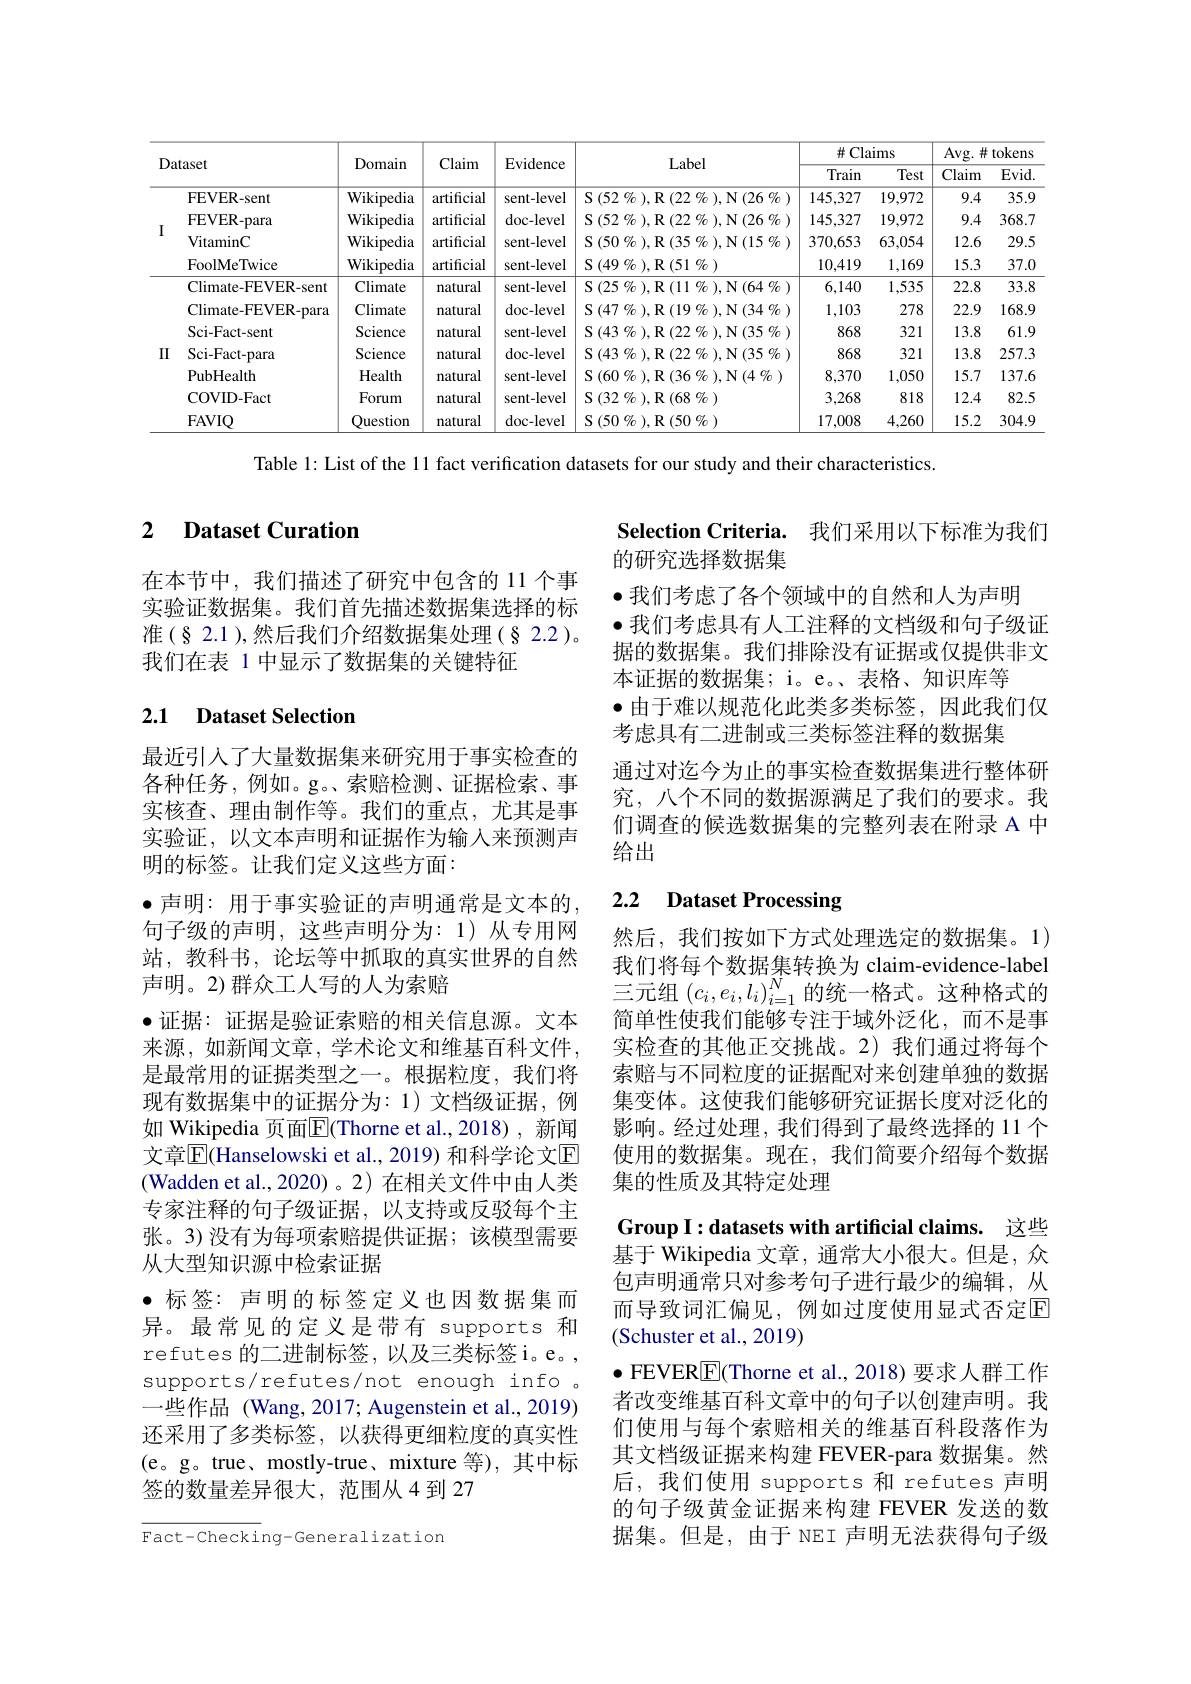
<table>
	<tbody>
		<tr>
			<th> </th>
			<th> </th>
			<th rowspan="2">Domain</th>
			<th rowspan="2">Claim</th>
			<th> </th>
			<th rowspan="3">Label $\operatorname{S}(52\%),\operatorname{R}(22\%),\operatorname{N}(26\%)$</th>
			<th colspan="2">$\#$Claims</th>
			<th colspan="2">Avg. $\#$tokens</th>
		</tr>
		<tr>
			<th>$\ddot{c}$</th>
			<th>$\operatorname{laset}$</th>
			<th>EVIdence</th>
			<th>Train</th>
			<th>Test</th>
			<th>Claim</th>
			<th rowspan="3">Evid 35.9 368.7</th>
		</tr>
		<tr>
			<td rowspan="4">I</td>
			<td>FEVER-sent</td>
			<td>Wikipedia</td>
			<td>artificial</td>
			<td>sent-level</td>
			<td>145,327</td>
			<td>19,972</td>
			<td>9.4</td>
		</tr>
		<tr>
			<td>FEVER- para</td>
			<td>Wikipedia</td>
			<td>artificial</td>
			<td>doc-level</td>
			<td>$\operatorname{S}(52\%),\operatorname{R}(22\%),\operatorname{N}(26\%)$</td>
			<td>145,327</td>
			<td>19,972</td>
			<td>9.4</td>
		</tr>
		<tr>
			<td>VitaminC</td>
			<td>Wikipedia</td>
			<td>artificial</td>
			<td>sent-level</td>
			<td>$\operatorname{S}(50\%),\operatorname{R}(35\%),\operatorname{N}(15\%)$</td>
			<td>370,653</td>
			<td>63,054</td>
			<td>12.6</td>
			<td>29.. </td>
		</tr>
		<tr>
			<td>FoolMeTwice</td>
			<td>Wikipedia</td>
			<td>artificial</td>
			<td>sent-level</td>
			<td>${\mathcal{S}}(49\%),{\mathcal{R}}(51\%)$</td>
			<td>10,419</td>
			<td>1,169</td>
			<td>15.3</td>
			<td>$37.C$</td>
		</tr>
		<tr>
			<td> </td>
			<td>Climate-FEVER-sent</td>
			<td>Climate</td>
			<td>natural</td>
			<td>sent-level</td>
			<td>$\operatorname{S}\left(25\:\%\:\right),\operatorname{R}\left(11\:\%\:\right),\operatorname{N}\left(64\:\%\:\right)$</td>
			<td>6,140</td>
			<td>1,535</td>
			<td>22.8</td>
			<td>33.8</td>
		</tr>
		<tr>
			<td> </td>
			<td>Climate-FEVER-para</td>
			<td>Climate</td>
			<td>natural</td>
			<td>doc-level</td>
			<td>${\mathcal{S}}\left(47\:\%\:\right),{\mathcal{R}}$ $\therefore(19$ $\%$ ), ${\mathcal{N} }$ (34 $\%$ )</td>
			<td>1,103</td>
			<td>278</td>
			<td>22.9</td>
			<td>168.5</td>
		</tr>
		<tr>
			<td> </td>
			<td>Sci- Fact- sent</td>
			<td>Science</td>
			<td>natural</td>
			<td>sent-level</td>
			<td>${\mathcal{S}}\left(43\:\%\:\right),{\mathcal{R}}$ $\therefore(22$ $\%$ ), ${\mathcal{N} }$ (35 $\%$ )</td>
			<td>868</td>
			<td>321</td>
			<td>13.8</td>
			<td>61.5</td>
		</tr>
		<tr>
			<td rowspan="4">II</td>
			<td>Sci- Fact- para</td>
			<td>Science</td>
			<td>natural</td>
			<td>doc-level</td>
			<td>${\mathcal{S}}\left(43\:\%\:\right),{\mathcal{R}}$ $\therefore(22$ $\%$ ), ${\mathcal{N} }$ (35 $\%$ )</td>
			<td>868</td>
			<td>321</td>
			<td>13.8</td>
			<td>257..</td>
		</tr>
		<tr>
			<td>PubHealth</td>
			<td>Health</td>
			<td>natural</td>
			<td>sent-level</td>
			<td>$\operatorname{S}(60\%),\operatorname{R}(36\%),\operatorname{N}(4\%)$</td>
			<td>8,370</td>
			<td>1,050</td>
			<td>15.7</td>
			<td>137.</td>
		</tr>
		<tr>
			<td>COVID- Fact</td>
			<td>Forum</td>
			<td>natural</td>
			<td>sent-level</td>
			<td>${\mathcal{S} }( 32$ $\%$ $) , {\mathcal{R} }( 68$ $\%$ )</td>
			<td>3,268</td>
			<td>818</td>
			<td>12.4</td>
			<td>82..</td>
		</tr>
		<tr>
			<td>FAVIQ</td>
			<td>Question</td>
			<td>natural</td>
			<td>doc-level</td>
			<td>${\mathcal{S}}(50\%),{\mathcal{R}}(50\%)$</td>
			<td>17,008</td>
			<td>4,260</td>
			<td>15.2</td>
			<td>304.5</td>
		</tr>
	</tbody>
</table>

Table 1: List of the 11 fact verification datasets for our study and their characteristics.

## 2 Dataset Curation

在本节中，我们描述了研究中包含的 11 个事实验证数据集。我们首先描述数据集选择的标准(§2.1),然后我们介绍数据集处理(§2.2)。我们在表 1 中显示了数据集的关键特征

Selection Criteria. 我们采用以下标准为我们
的研究选择数据集
$\bullet$我们考虑了各个领域中的自然和人为声明
$\bullet$我们考虑具有人工注释的文档级和句子级证据的数据集。我们排除没有证据或仅提供非文本证据的数据集；i。e。、表格、知识库等
$\bullet$由于难以规范化此类多类标签，因此我们仅
考虑具有二进制或三类标签注释的数据集
通过对迄今为止的事实检查数据集进行整体研究，八个不同的数据源满足了我们的要求。我们调查的候选数据集的完整列表在附录 A 中给出

## 2.1 Dataset Selection

# 2.2 Dataset Processing

然后，我们按如下方式处理选定的数据集。1) 我们将每个数据集转换为 claim-evidence-label 三元组$(c_i,e_i,l_i)_{i=1}^N$的统一格式。这种格式的简单性使我们能够专注于域外泛化，而不是事实检查的其他正交挑战。2)我们通过将每个索赔与不同粒度的证据配对来创建单独的数据集变体。这使我们能够研究证据长度对泛化的影响。经过处理，我们得到了最终选择的 11 个使用的数据集。现在，我们简要介绍每个数据集的性质及其特定处理

最近引入了大量数据集来研究用于事实检查的各种任务，例如。g。、索赔检测、证据检索、事实核查、理由制作等。我们的重点，尤其是事实验证，以文本声明和证据作为输入来预测声明的标签。让我们定义这些方面：
$\bullet$声明：用于事实验证的声明通常是文本的句子级的声明，这些声明分为：1)从专用网站，教科书，论坛等中抓取的真实世界的自然声明。2)群众工人写的人为索赔
$\bullet$证据：证据是验证索赔的相关信息源。文本来源，如新闻文章，学术论文和维基百科文件， 是最常用的证据类型之一。根据粒度，我们将现有数据集中的证据分为：1)文档级证据，例如 Wikipedia 页面$\overline{\mathbb{E}}($Thorne et al.,2018),新闻文章$\overline{\mathrm{E}}($Hanselowski et al., 2019) 和科学论文$\overline{\mathrm{E}}$ (Wadden et al., 2020)。2) 在相关文件中由人类专家注释的句子级证据，以支持或反驳每个主张。3)没有为每项索赔提供证据；该模型需要从大型知识源中检索证据
·标签：声明的标签定义也因数据集而异。最常见的定义是带有 supports 和refutes 的二进制标签，以及三类标签 i。e。supports/ refutes/not enough info , 一些作品 (Wang, 2017; Augenstein et al., 2019) 还采用了多类标签，以获得更细粒度的真实性(e。g。true、mostly-true、mixture 等),其中标签的数量差异很大，范围从4到27

Group I:datasets with artificial claims. 这些基于 Wikipedia 文章，通常大小很大。但是，众包声明通常只对参考句子进行最少的编辑，从而导致词汇偏见，例如过度使用显式否定回(Schuster et al., 2019)
$\bullet$ FEVER$\boxed{\mathrm{E}}($Thorne et al., 2018) 要求人群工作者改变维基百科文章中的句子以创建声明。我们使用与每个索赔相关的维基百科段落作为其文档级证据来构建 FEVER-para 数据集。然后，我们使用 supports 和 refutes 声明的句子级黄金证据来构建 FEVER 发送的数据集。但是，由于 NEI 声明无法获得句子级

Fact-Checking-Generalization